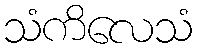
သံကိလေသံ